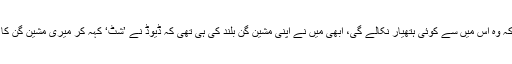
مجھے اندیشہ ہوا کہ وہ اس میں سے کوئی ہتھیار نکالے گی، ابھی میں نے اپنی مشین گن بلند کی ہی تھی کہ ڈیوڈ نے ’شٹِ‘ کہہ کر میری مشین گن کا رخ نیچے کر دیا۔